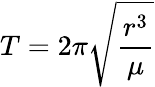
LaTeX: T=2\pi{\sqrt{\frac{r^{3}}{\mu}}}